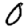
Digit: 0